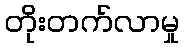
တိုးတက်လာမှု